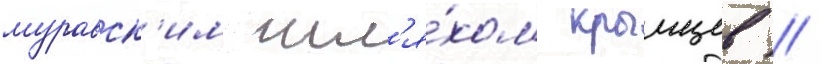
муравск'им шл'я́хом крымцев //